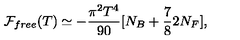
{ \cal F } _ { f r e e } ( T ) \simeq - { \frac { \pi ^ { 2 } T ^ { 4 } } { 9 0 } } [ N _ { B } + { \frac { 7 } { 8 } } 2 N _ { F } ] ,